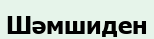
Шәмшиден